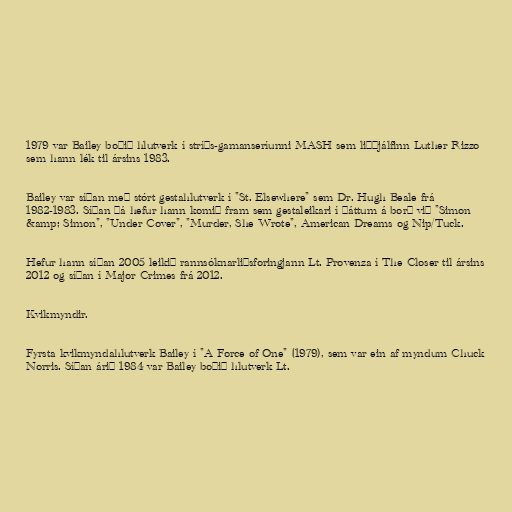
1979 var Bailey boðið hlutverk í stríðs-gamanseríunni MASH sem liðþjálfinn Luther Rizzo
sem hann lék til ársins 1983.

Bailey var síðan með stórt gestahlutverk í "St. Elsewhere" sem Dr. Hugh Beale frá
1982-1983. Síðan þá hefur hann komið fram sem gestaleikari í þáttum á borð við "Simon
&amp; Simon", "Under Cover", "Murder, She Wrote", American Dreams og Nip/Tuck.

Hefur hann síðan 2005 leikið rannsóknarliðsforingjann Lt. Provenza í The Closer til ársins
2012 og síðan í Major Crimes frá 2012.

Kvikmyndir.

Fyrsta kvikmyndahlutverk Bailey í "A Force of One" (1979), sem var ein af myndum Chuck
Norris. Síðan árið 1984 var Bailey boðið hlutverk Lt.